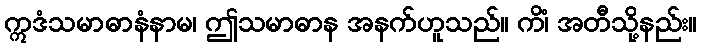
ဣဒံသမာဓာနံနာမ၊ ဤသမာဓာန အနက်ဟူသည်။ ကိံ၊ အတီသို့နည်း။